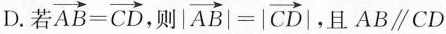
D.若 $$\overrightarrow { A B } = \overrightarrow { C D }$$ ，则 $$| \overrightarrow { A B } | = |